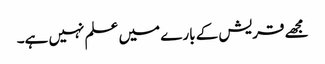
مجھے قریش کے بارے میں علم نہیں ہے۔